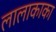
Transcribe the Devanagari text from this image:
लालाकाका